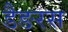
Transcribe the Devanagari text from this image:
डैङरस